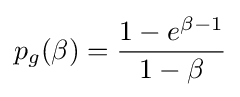
p_{g}(\beta )={\frac {1-e^{\beta -1}}{1-\beta }}